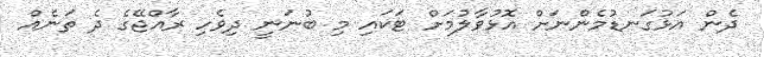
ދެން އަޅުގަނޑުމެންނަށް އޮޅުވާލުމަށް ޓަކައި މި ބުނަނީ ދިވެހި ރާއްޖޭގެ ދެ ތަނެއް